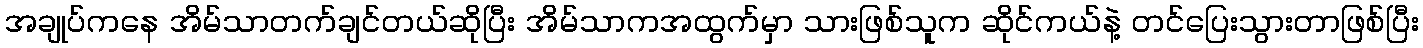
အချုပ်ကနေ အိမ်သာတက်ချင်တယ်ဆိုပြီး အိမ်သာကအထွက်မှာ သားဖြစ်သူက ဆိုင်ကယ်နဲ့ တင်ပြေးသွားတာဖြစ်ပြီး